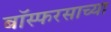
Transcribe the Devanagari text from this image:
बॉस्फरसाच्या